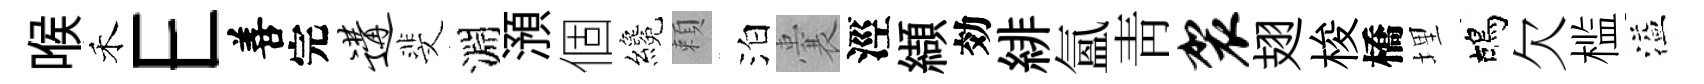
喉禾E善完遘斐淵澦個纔頼泊囊涇纈効緋氲靑袈翅梭橋埋鴣欠槛溢